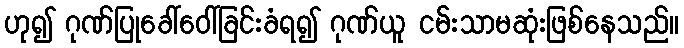
ဟု၍ ဂုဏ်ပြုခေါ်ဝေါ်ခြင်းခံရ၍ ဂုဏ်ယူ ငမ်းသာမဆုံးဖြစ်နေသည်။